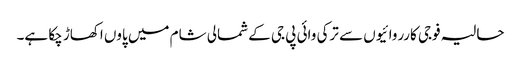
حالیہ فوجی کارروائیوں سے ترکی وائی پی جی کے شمالی شام میں پاوں اکھاڑ چکا ہے۔